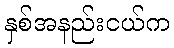
နှစ်အနည်းငယ်က